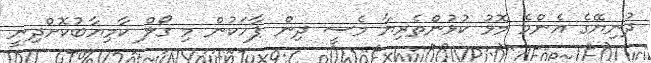
ދުނިޔޭގެ އެންމެ މޮޅު ކުޅުންތެރިޔާ މެސީ ދިން ޕާހަކުން މި ގޯލް ކާމިޔާބުކޮށްދިނީ